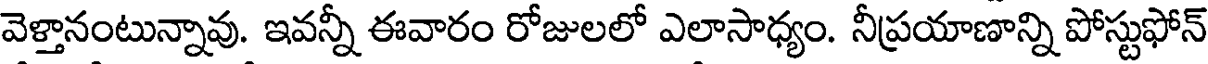
వెళ్తానంటున్నావు. ఇవన్నీ ఈవారం రోజులలో ఎలాసాధ్యం. నీప్రయాణాన్ని పోస్టుఫోన్